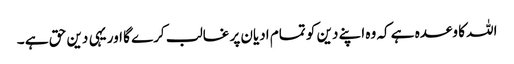
اللہ کا وعدہ ہے کہ وہ اپنے دین کو تمام ادیان پر غالب کرے گا اور یہی دین حق ہے ۔